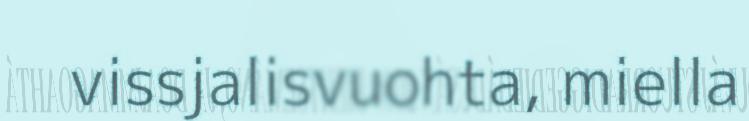
vissjalisvuohta, miella